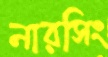
নারসিং